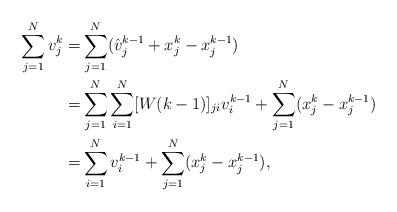
LaTeX: \begin{align*}\sum_{j=1}^{N} {v_j^k} = & \sum_{j=1}^{N} (\hat v_j^{k-1}+x_j^{k}-x_j^{k-1}) \\ = & \sum_{j=1}^N \sum_{i=1}^N [W(k-1)]_{ji} v_i^{k-1} +\sum_{j=1}^{N} (x_j^{k}-x_j^{k-1}) \\ =& \sum_{i=1}^N v_i^{k-1}+\sum_{j=1}^{N} (x_j^{k}-x_j^{k-1}),\end{align*}